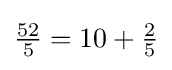
{\textstyle {\frac {52}{5}}=10+{\frac {2}{5}}}